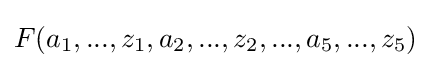
F(a_{1},...,z_{1},a_{2},...,z_{2},...,a_{5},...,z_{5})